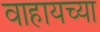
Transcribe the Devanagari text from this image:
वाहायच्या